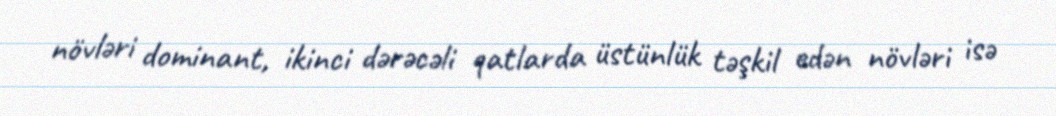
növləri dominant, ikinci dərəcəli qatlarda üstünlük təşkil edən növləri isə